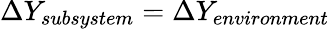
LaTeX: \Delta Y_{subsystem}=\Delta Y_{environment}